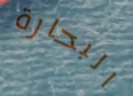
البحارة